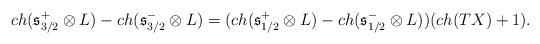
LaTeX: \begin{align*}ch(\mathfrak{s}^+_{3/2}\otimes L) - ch(\mathfrak{s}^-_{3/2}\otimes L) = (ch(\mathfrak{s}^{+}_{1/2}\otimes L)-ch(\mathfrak{s}^{-}_{1/2}\otimes L))(ch(TX) + 1).\end{align*}